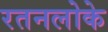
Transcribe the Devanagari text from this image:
रतनलोके